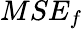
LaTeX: MSE_{f}